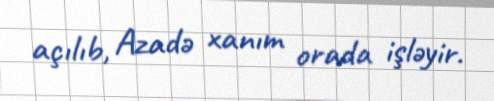
açılıb, Azadə xanım orada işləyir.